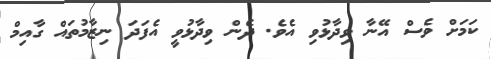
ކަަމަށް ވެސް އޭނާ ވިދާޅުވި އެވެ. ދެން ވިދާޅުވީ އެފަދަ ނިޒާމުތައް ގާއިމް